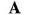
A